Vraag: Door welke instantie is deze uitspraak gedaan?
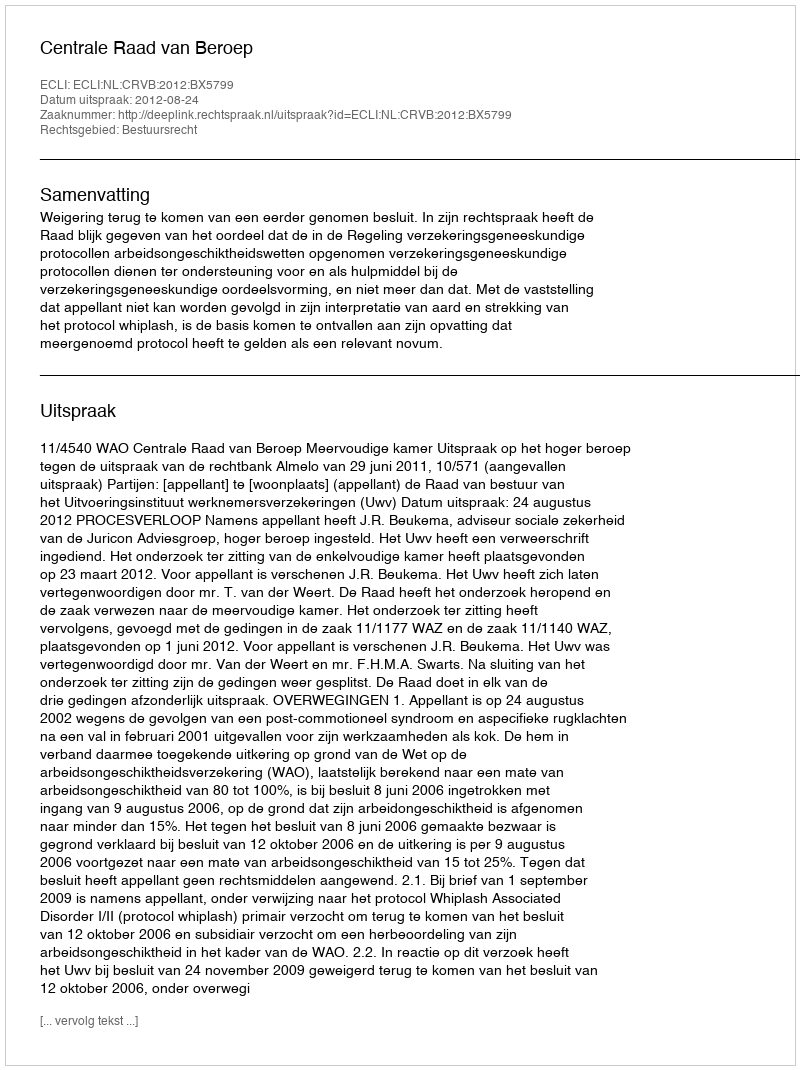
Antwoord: Centrale Raad van Beroep